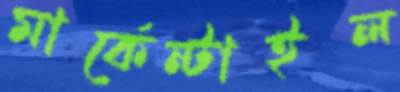
মার্কেন্টাইল